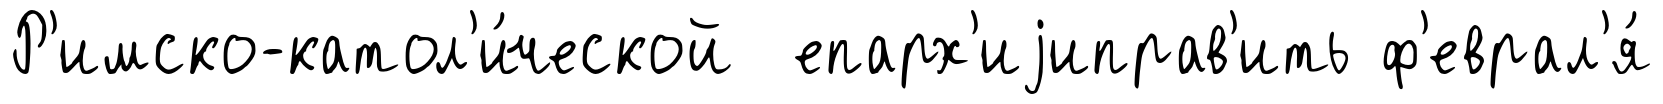
Р'имско-катол'и́ческой епарх'иjиправ'ить ф'еврал'я́